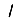
Digit: 1